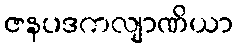
ဇနပဒကလျာဏိယာ